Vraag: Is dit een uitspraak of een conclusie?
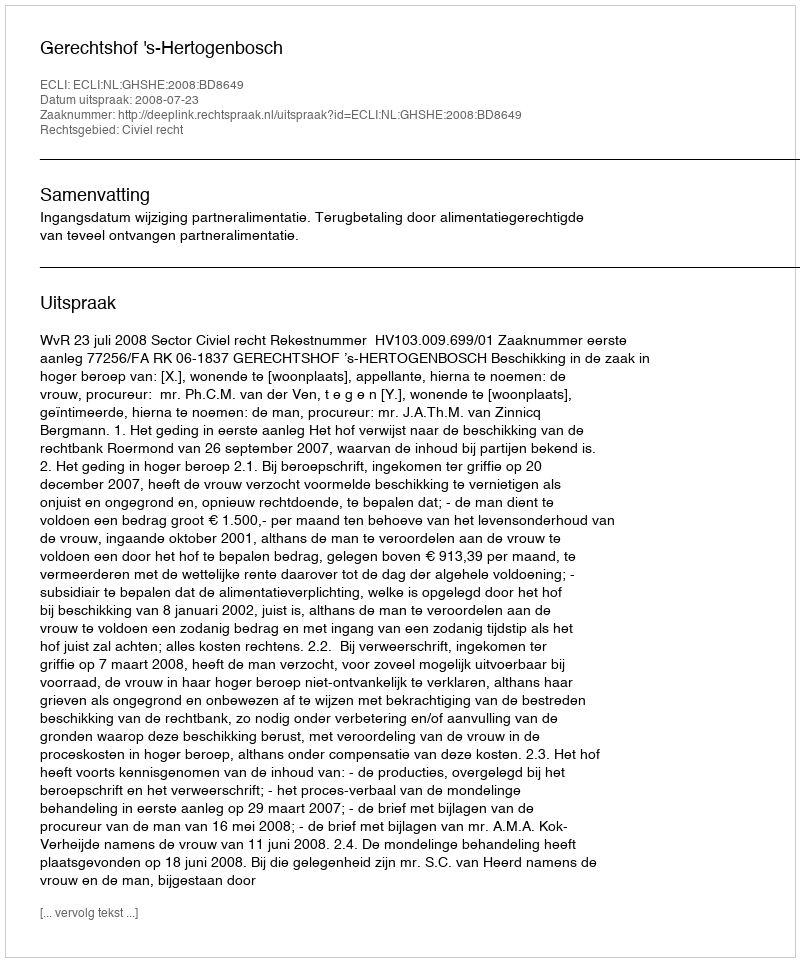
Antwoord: Uitspraak